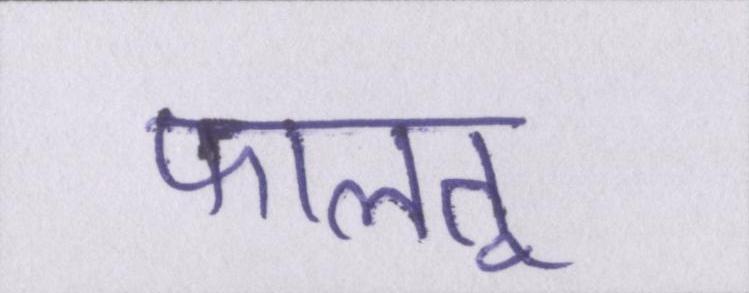
फालतू